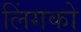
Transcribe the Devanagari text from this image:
लिंगको